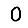
Digit: 0